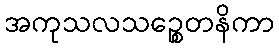
အကုသလသဉ္စေတနိကာ